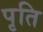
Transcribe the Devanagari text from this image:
पृति